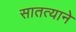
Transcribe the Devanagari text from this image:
सातत्‍याने